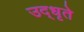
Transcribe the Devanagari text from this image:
उद्‌धृते